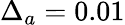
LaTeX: \Delta_{a}=0.01